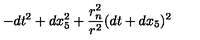
- d t ^ { 2 } + d x _ { 5 } ^ { 2 } + { \frac { r _ { n } ^ { 2 } } { r ^ { 2 } } } ( d t + d x _ { 5 } ) ^ { 2 }